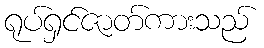
ရုပ်ရှင်ဇာတ်ကားသည်